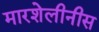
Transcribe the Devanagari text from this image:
मारशेलीनीस